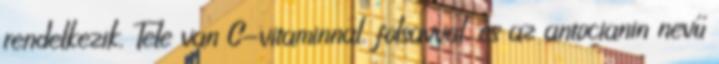
rendelkezik. Tele van C-vitaminnal, folsavval, és az antocianin nevű